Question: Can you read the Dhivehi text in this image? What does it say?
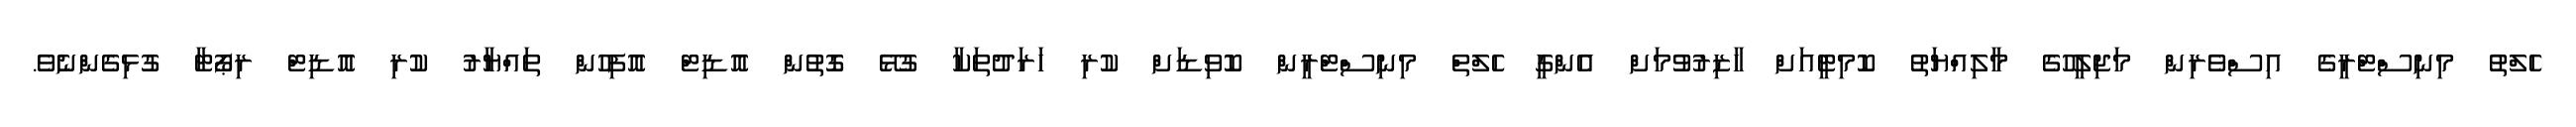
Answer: ހެލްތު މިނިސްޓްރީގެ އިސްވެރިން މަޖިލީހުގެ މާލިއްޔަތު ކޮމިޓީއަށް ހާޒިރުވުމަށް އެންގީ ހެލްތް މިނިސްޓްރީން ކޮވިޑަށް ކުރި ހަރަދުތަކާ ގުޅޭ ގޮތުން އޮޑިޓް އޮފިހުން ތައްޔާރު ކުރި އޮޑިޓް ރިޕޯޓާ ގުޅިގެންނެވެ.